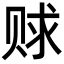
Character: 赇